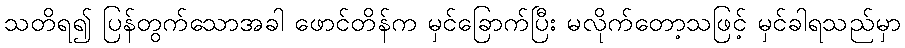
သတိရ၍ ပြန်တွက်သောအခါ ဖောင်တိန်က မှင်ခြောက်ပြီး မလိုက်တော့သဖြင့် မှင်ခါရသည်မှာ